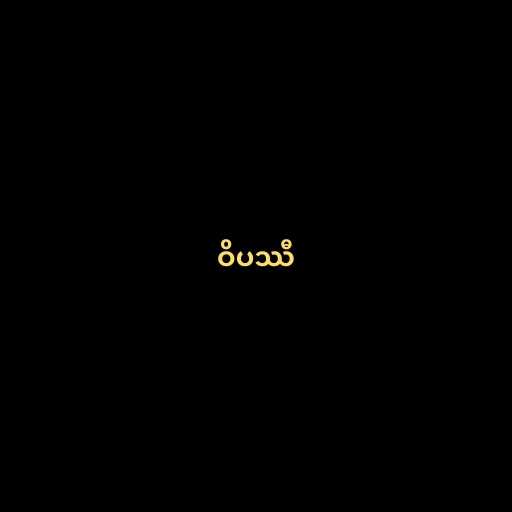
ဝိပဿီ